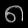
Digit: ၈